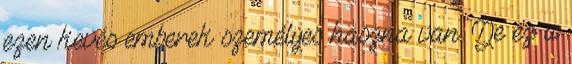
ezen kevés emberek személyes haszna van. De ez a